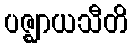
ပဇ္ဈာယသီတိ